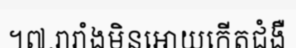
។៧.រារាំងមិនអោយកើតជំងឺ